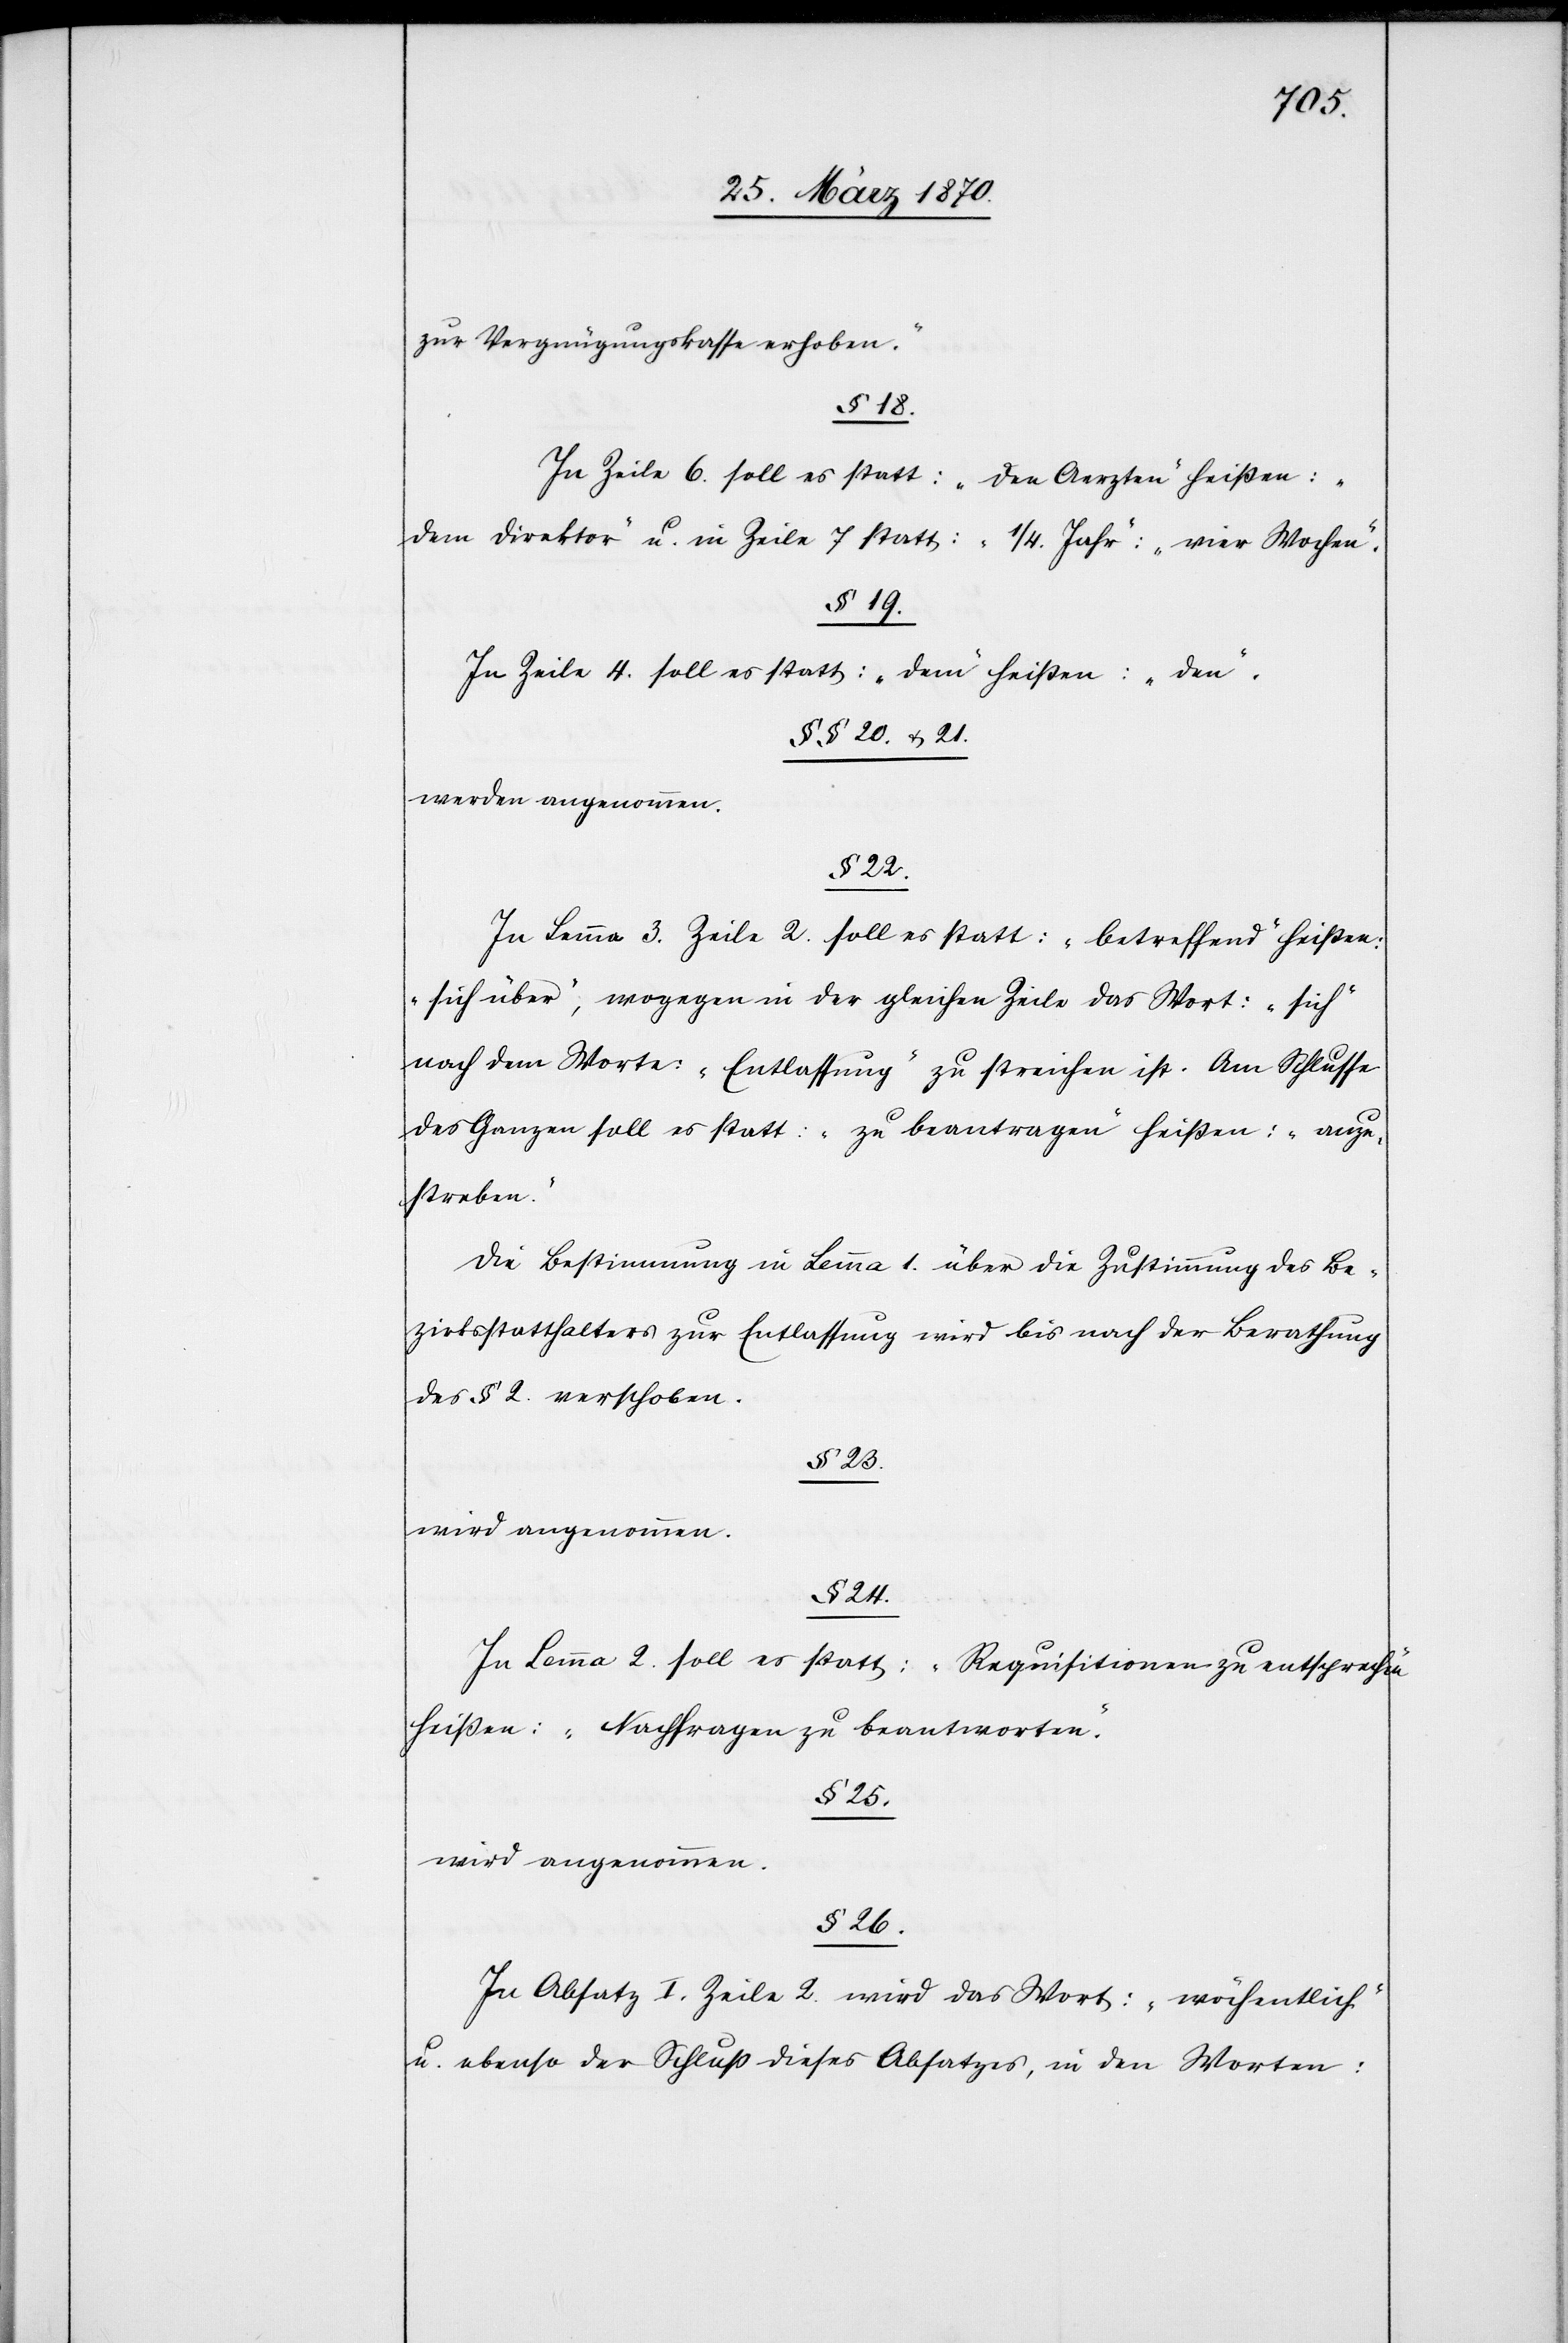
zur Vergnügungskasse erhoben.“
§ 18.
In Zeile 6. soll es statt: „den Aerzten“ heißen:
„dem Direktor“ u. in Zeile 7 statt: „1/4. Jahr“: „vier Wochen“.
§ 19.
In Zeile 4. soll es statt: „dem“ heißen: „den“.
§§ 20. & 21.
werden angenommen.
§ 22.
In Lemma 3. Zeile 2. soll es statt: „betreffend“ heißen:
„sich über“, wogegen in der gleichen Zeile das Wort: „sich“
nach dem Worte : „Entlassung“ zu streichen ist. Am Schlusse
des Ganzen soll es statt: „zu beantragen“ heißen: „anzu¬
streben“.
Die Bestimmung in Lemma 1. über die Zustimmung des Be¬
zirksstatthalters zur Entlassung wird bis nach der Berathung
des § 2. verschoben.
§ 23.
wird angenommen.
§ 24.
In Lemma 2. soll es statt: „Requisitionen zu entsprechen“
heißen: „Nachfragen zu beantworten“.
§ 25.
§ 26.
In Absatz I. Zeile 2. wird das Wort: „wöchentlich“
u. ebenso der Schluß dieses Absatzes, in den Worten: